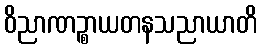
ဝိညာဏဉ္စာယတနသညာယာတိ